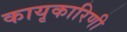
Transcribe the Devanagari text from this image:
कायृकारिणी